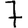
Digit: 7